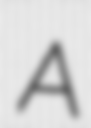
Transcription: A